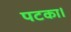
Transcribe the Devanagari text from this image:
पटका।